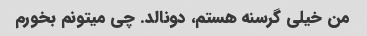
من خیلی گرسنه هستم، دونالد. چی میتونم بخورم